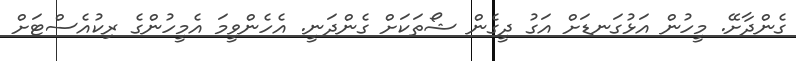
ގެންދާށޭ. މީހުން އަޅުގަނޑަށް އަގު ދީގެން ޝޯތަކަށް ގެންދަނީ. އެހެންވީމަ އެމީހުންގެ ރިކުއެސްޓަށް